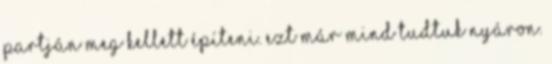
partján meg kellett építeni. Ezt már mind tudtuk nyáron.